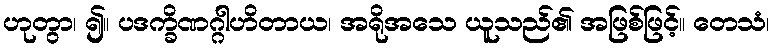
ဟုတွာ၊ ၍။ ပဒက္ခိဏဂ္ဂါဟိတာယ၊ အရိုအသေ ယူသည်၏ အဖြစ်ဖြင့်။ တေသံ၊